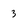
Character: 3